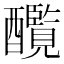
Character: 𨣸